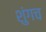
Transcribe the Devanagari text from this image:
शुंगच